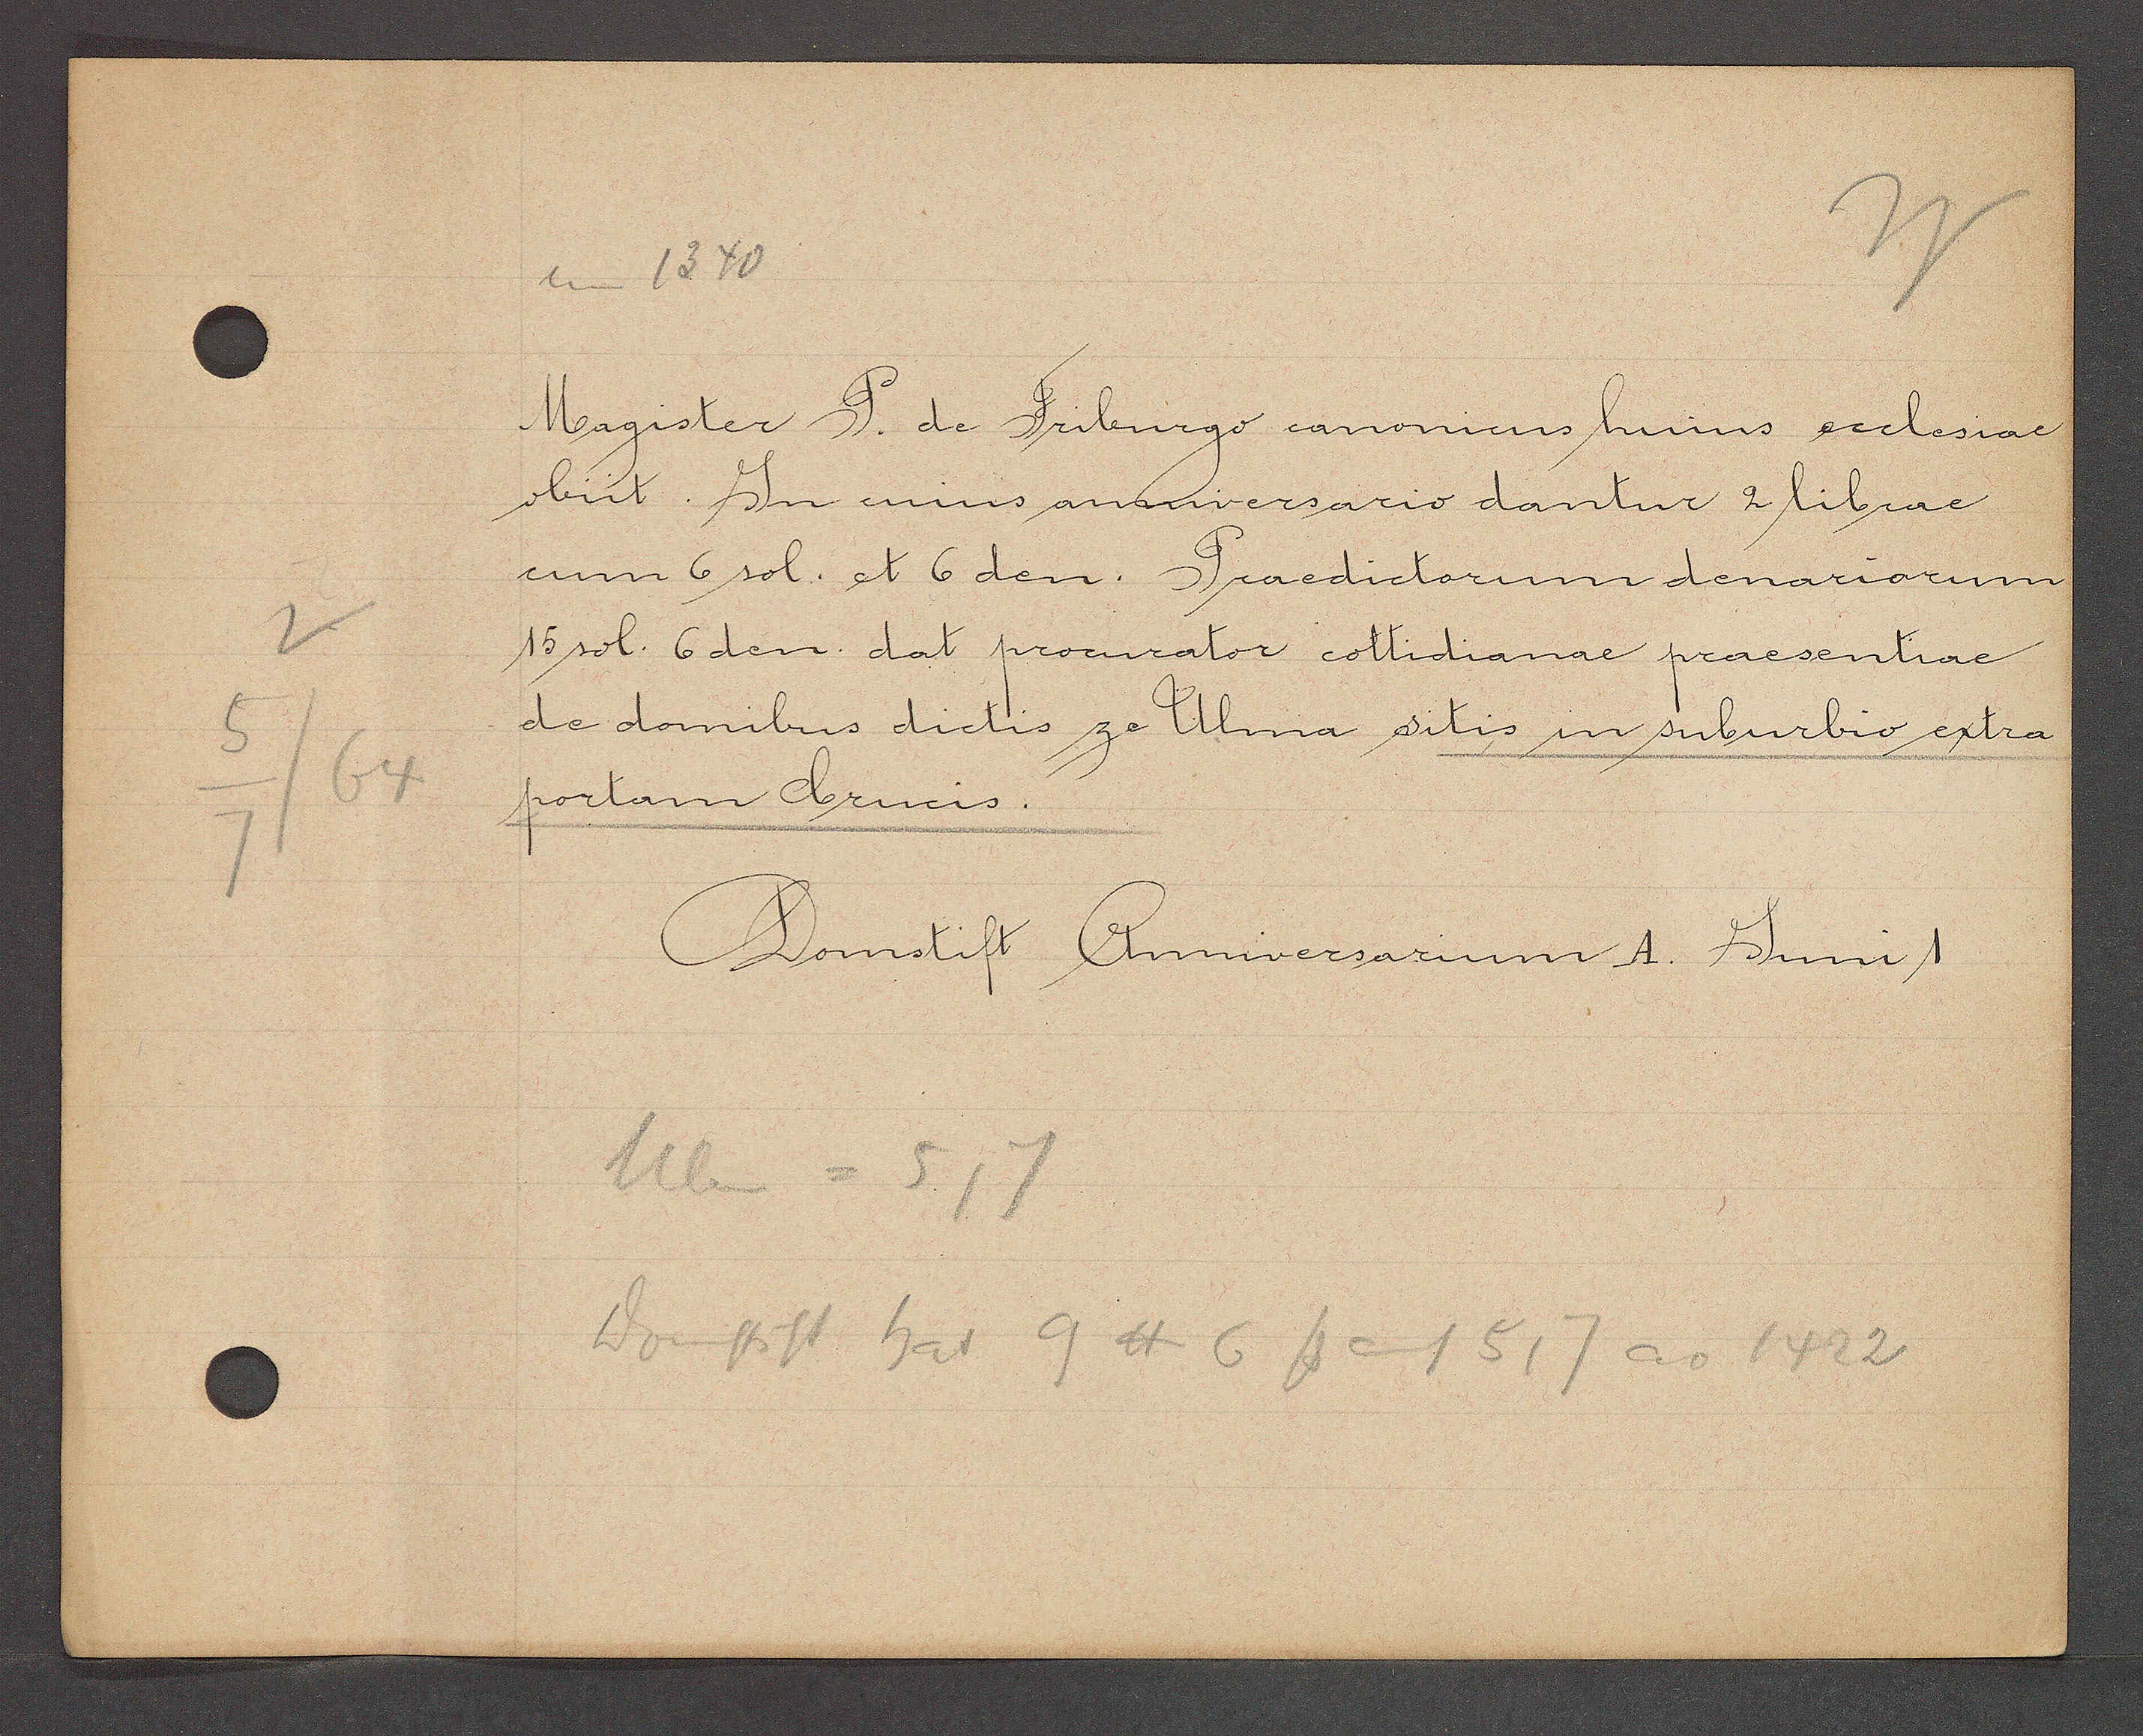
Transcript:
um 1340

Magister P. de Friburgo canonicus huius ecclesiae
obiit. In cuius anniversario dantur 2 librae
cum 6 sol. et 6 den. Praedictorum denariorum
15 sol. 6 den. dat procurator cottidianae presentiae
de domibus dictis ze Ulma sitis in suburbio extra
portam Crucis.

Domstift Anniversarium A. Juni 1

Ulin = 5, 7
Domstift hat 9 ℔ 6ß auf 5,7 ao 1422